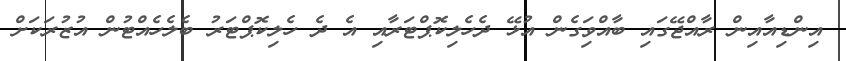
އިންޑިއާއިން ރާއްޖޭގައި ބާއްވަިގެން އުޅޭ ދެހެލިކޮޕްޓަރާއި އެ ދެ ހެލިކޮޕްޓަރު ބެލެހެއްޓުން އުޒުރަކަށް